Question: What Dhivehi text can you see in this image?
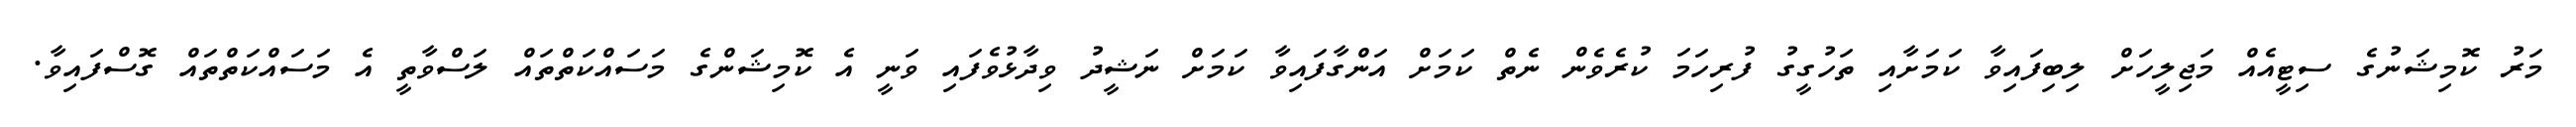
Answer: މަރު ކޮމިޝަނުގެ ސިޓީއެއް މަޖިލީހަށް ލިބިފައިވާ ކަމަށާއި ތަހުގީގު ފުރިހަމަ ކުރެވެން ނެތް ކަމަށް އަންގާފައިވާ ކަމަށް ނަޝީދު ވިދާޅުވެފައި ވަނީ އެ ކޮމިޝަންގެ މަސައްކަތްތައް ލަސްވާތީ އެ މަސައްކަތްތައް ގޮސްފައިވާ.